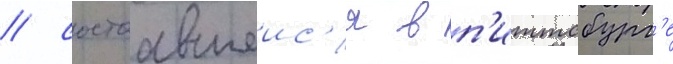
/ состоавшеис'я в п'иттсбург'е